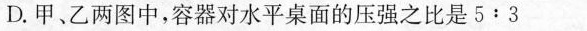
D.甲、乙两图中，容器对水平桌面的压强之比是5:3